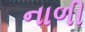
નાળી